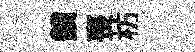
鎖喪枋